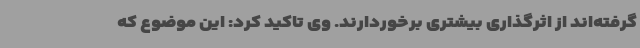
گرفته‌اند از اثرگذاری بیشتری برخوردارند. وی تاکید کرد: این موضوع که